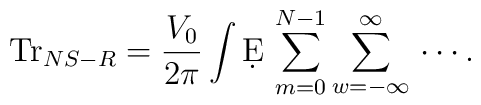
\mbox{Tr}_{NS-R}= \frac{V_0}{2\pi}\int \d E \, \sum_{m=0}^{N-1} \sum_{w=-\infty}^{\infty}\, \cdots .